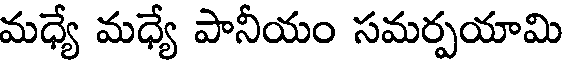
మధ్యే మధ్యే పానీయం సమర్పయామి